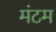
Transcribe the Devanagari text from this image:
मंटम